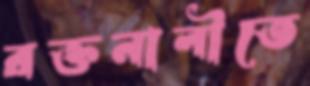
রক্তনালীতে